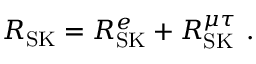
R _ { \mathrm { S K } } = R _ { \mathrm { S K } } ^ { e } + R _ { \mathrm { S K } } ^ { \mu \tau } \ .